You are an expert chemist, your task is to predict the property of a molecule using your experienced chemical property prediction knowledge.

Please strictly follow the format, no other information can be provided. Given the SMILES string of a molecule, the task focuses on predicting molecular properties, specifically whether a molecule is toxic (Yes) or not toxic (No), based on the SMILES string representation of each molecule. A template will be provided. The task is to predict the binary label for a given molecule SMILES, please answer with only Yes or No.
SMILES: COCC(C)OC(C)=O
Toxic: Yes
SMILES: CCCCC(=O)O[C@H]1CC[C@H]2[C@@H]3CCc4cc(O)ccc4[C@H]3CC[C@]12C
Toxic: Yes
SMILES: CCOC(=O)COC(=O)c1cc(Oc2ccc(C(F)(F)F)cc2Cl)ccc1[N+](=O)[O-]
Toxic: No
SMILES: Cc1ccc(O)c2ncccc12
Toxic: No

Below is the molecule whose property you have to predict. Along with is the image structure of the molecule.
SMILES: CC(=O)c1ccc(O)cc1
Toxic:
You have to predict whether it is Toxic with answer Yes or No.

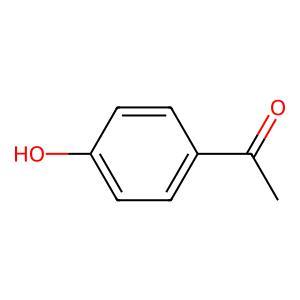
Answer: No